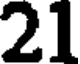
21